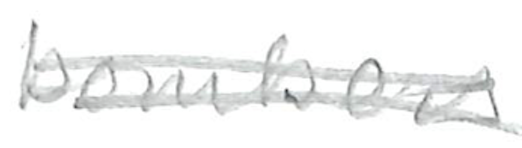
Text: bombers
Cross-out: double-line
Writing tool: pencil